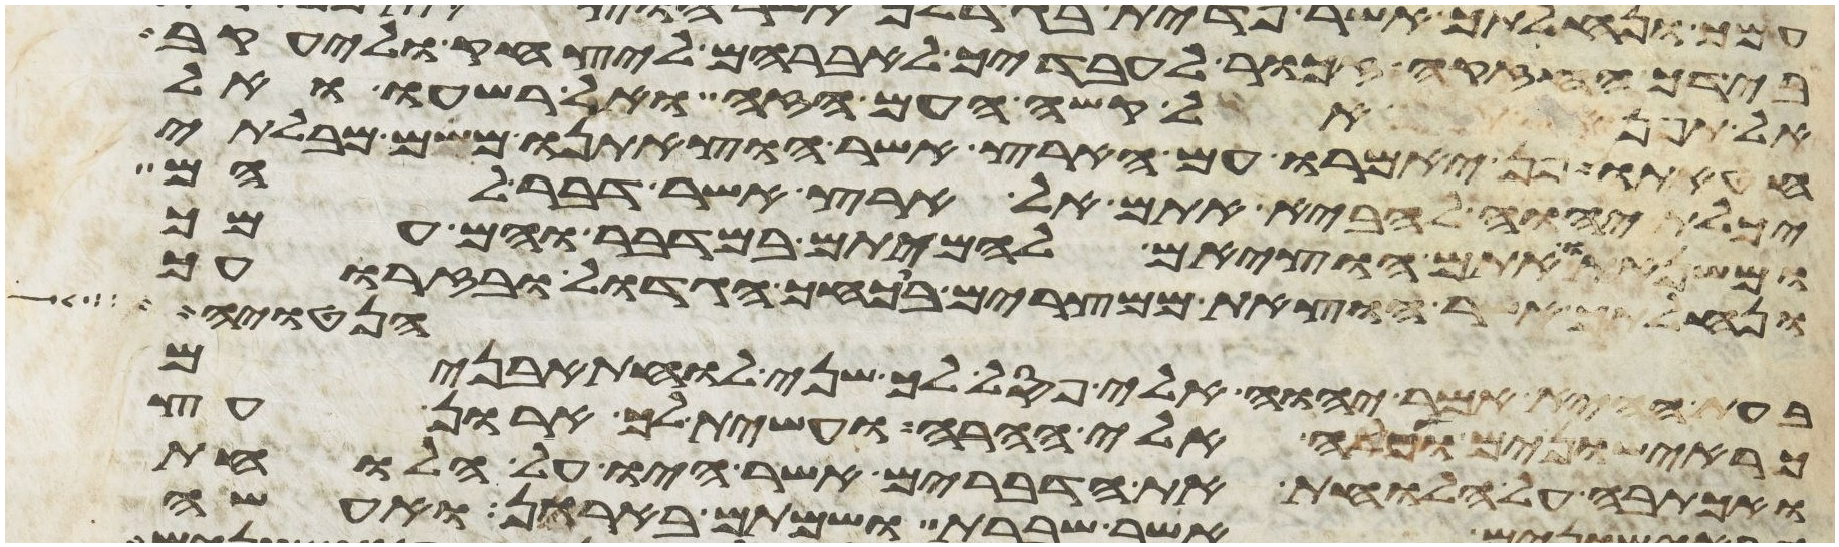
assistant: בידך החזקה זכור לעבדיך לאברהם ליצחק וליעקב
אל תפן אל קשה העם הזה ואל רשעו ואל
חטאתו פן יאמרו עם הארץ אשר הוצאתנו משם מבלתי
יכלת יהוה להביא אתם אל הארץ אשר דבר להם
ומשנאתו אתם הוציאם להמיתם במדבר והם עמך
ונחלתך אשר הוצאת ממצרים בכחך הגדול ובזרועך
הנטויה
בעת ההיא אמר יהוה אלי פסל לך שני לוחת אבנים
כראישונים ועלה אלי ההרה ועשית לך ארון עץ
ואכתבה על הלוחות את הדברים אשר היו על הלוחות